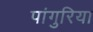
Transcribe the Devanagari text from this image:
पांगुरिया